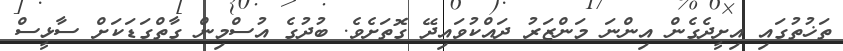
ތަޚުތުގައި އިށީދެގެން އިންނަ މަންޒަރު ދައްކުވައިދޭ ގޮތަށެވެ. ބުދުގެ އުސްމިން ގާތްގަޑަކަށް ސާޅީސް